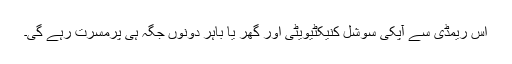
اس ریمڈی سے آپکی سوشل کنیکٹیویٹی اور گھر یا باہر دونوں جگہ ہی پرمسرت رہے گی۔